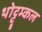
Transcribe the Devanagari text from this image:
थोट्टूम्कल